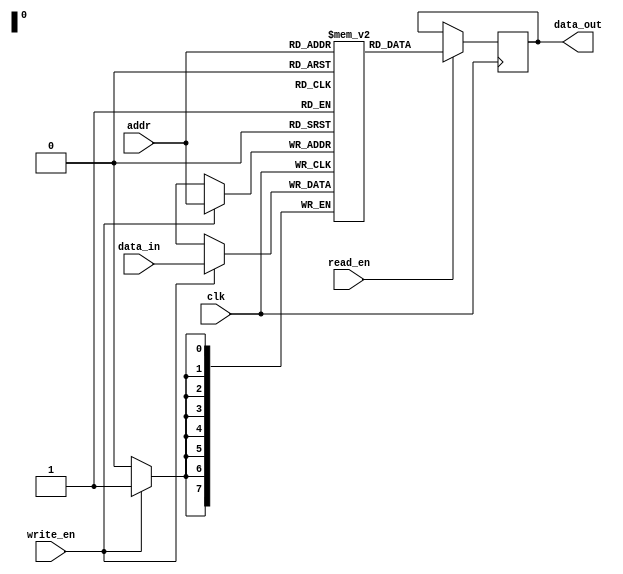
module RAM (
    input wire clk,
    input wire [7:0] addr,
    input wire [7:0] data_in,
    input wire read_en,
    input wire write_en,
    output reg [7:0] data_out
);

reg [7:0] mem [255:0]; // Internal array to store data values

always @(posedge clk) begin
    if (read_en) begin
        data_out <= mem[addr];
    end

    if (write_en) begin
        mem[addr] <= data_in;
    end
end

endmodule